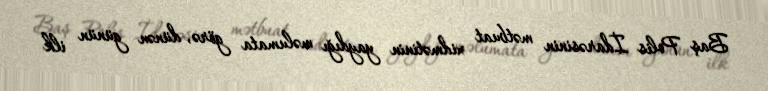
Baş Polis İdarəsinin mətbuat xidmətinin yaydığı məlumata görə, dünən günün ilk